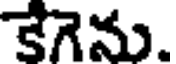
కేగెను.